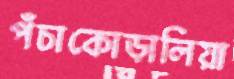
পঁচাকোড়ালিয়া